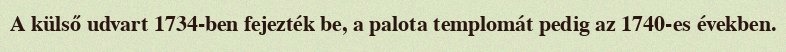
A külső udvart 1734-ben fejezték be, a palota templomát pedig az 1740-es években.